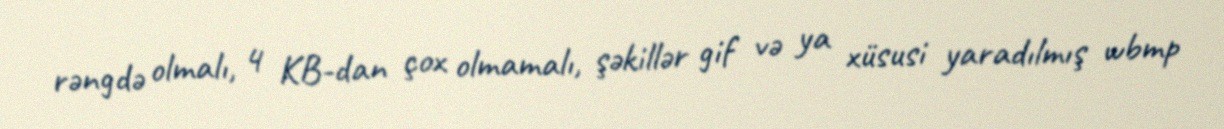
rəngdə olmalı, 4 KB-dan çox olmamalı, şəkillər gif və ya xüsusi yaradılmış wbmp